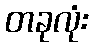
တခုလုံး